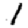
Digit: 1